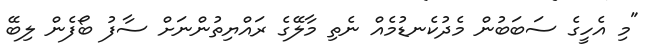
"މި އެހީގެ ސަބަބުން މެދުކެނޑުމެއް ނެތި މާލޭގެ ރައްޔިތުންނަށް ސާފު ބޯފެން ލިބޭ